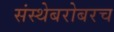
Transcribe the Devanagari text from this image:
संस्थेबरोबरच